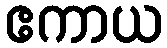
ဧကာယ